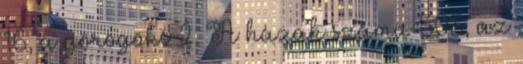
16, a görögöké 2. A házak száma 503, az